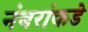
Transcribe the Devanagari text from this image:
नंबरांकडे